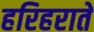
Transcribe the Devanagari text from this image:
हरिहराते